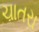
ચાતરા